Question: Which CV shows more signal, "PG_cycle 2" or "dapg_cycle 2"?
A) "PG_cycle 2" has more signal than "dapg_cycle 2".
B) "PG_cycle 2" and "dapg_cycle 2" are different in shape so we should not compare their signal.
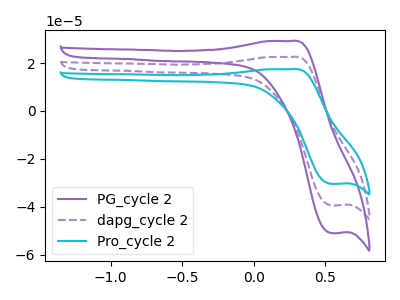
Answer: <think>The purple curve "PG_cycle 2" has an anodic peak at (0.25V, 29.20uA) and a cathodic peak at (0.55V, -51.00uA). The purple dashed curve "dapg_cycle 2" has an anodic peak at (0.25V, 22.60uA) and a cathodic peak at (0.55V, -39.40uA). The cyan curve "Pro_cycle 2" has an anodic peak at (0.25V, 45.15uA) and a cathodic peak at (0.55V, -78.85uA).
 All the peaks in "PG_cycle 2" have a peak in "dapg_cycle 2" at the same potential. Every peak in "PG_cycle 2" is higher than every peak in "dapg_cycle 2".</think>
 <answer>A) "PG_cycle 2" has more signal than "dapg_cycle 2".</answer>
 <eval>A</eval>